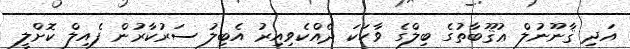
އަދި ޤާނޫނުލް ޢުޤޫބާތުގެ ބިލްގެ ވާހަކަ ދެއްކެވިއިރު އެބިލު ސަރުކާރުން ފެއިލް ކޮށްލީ